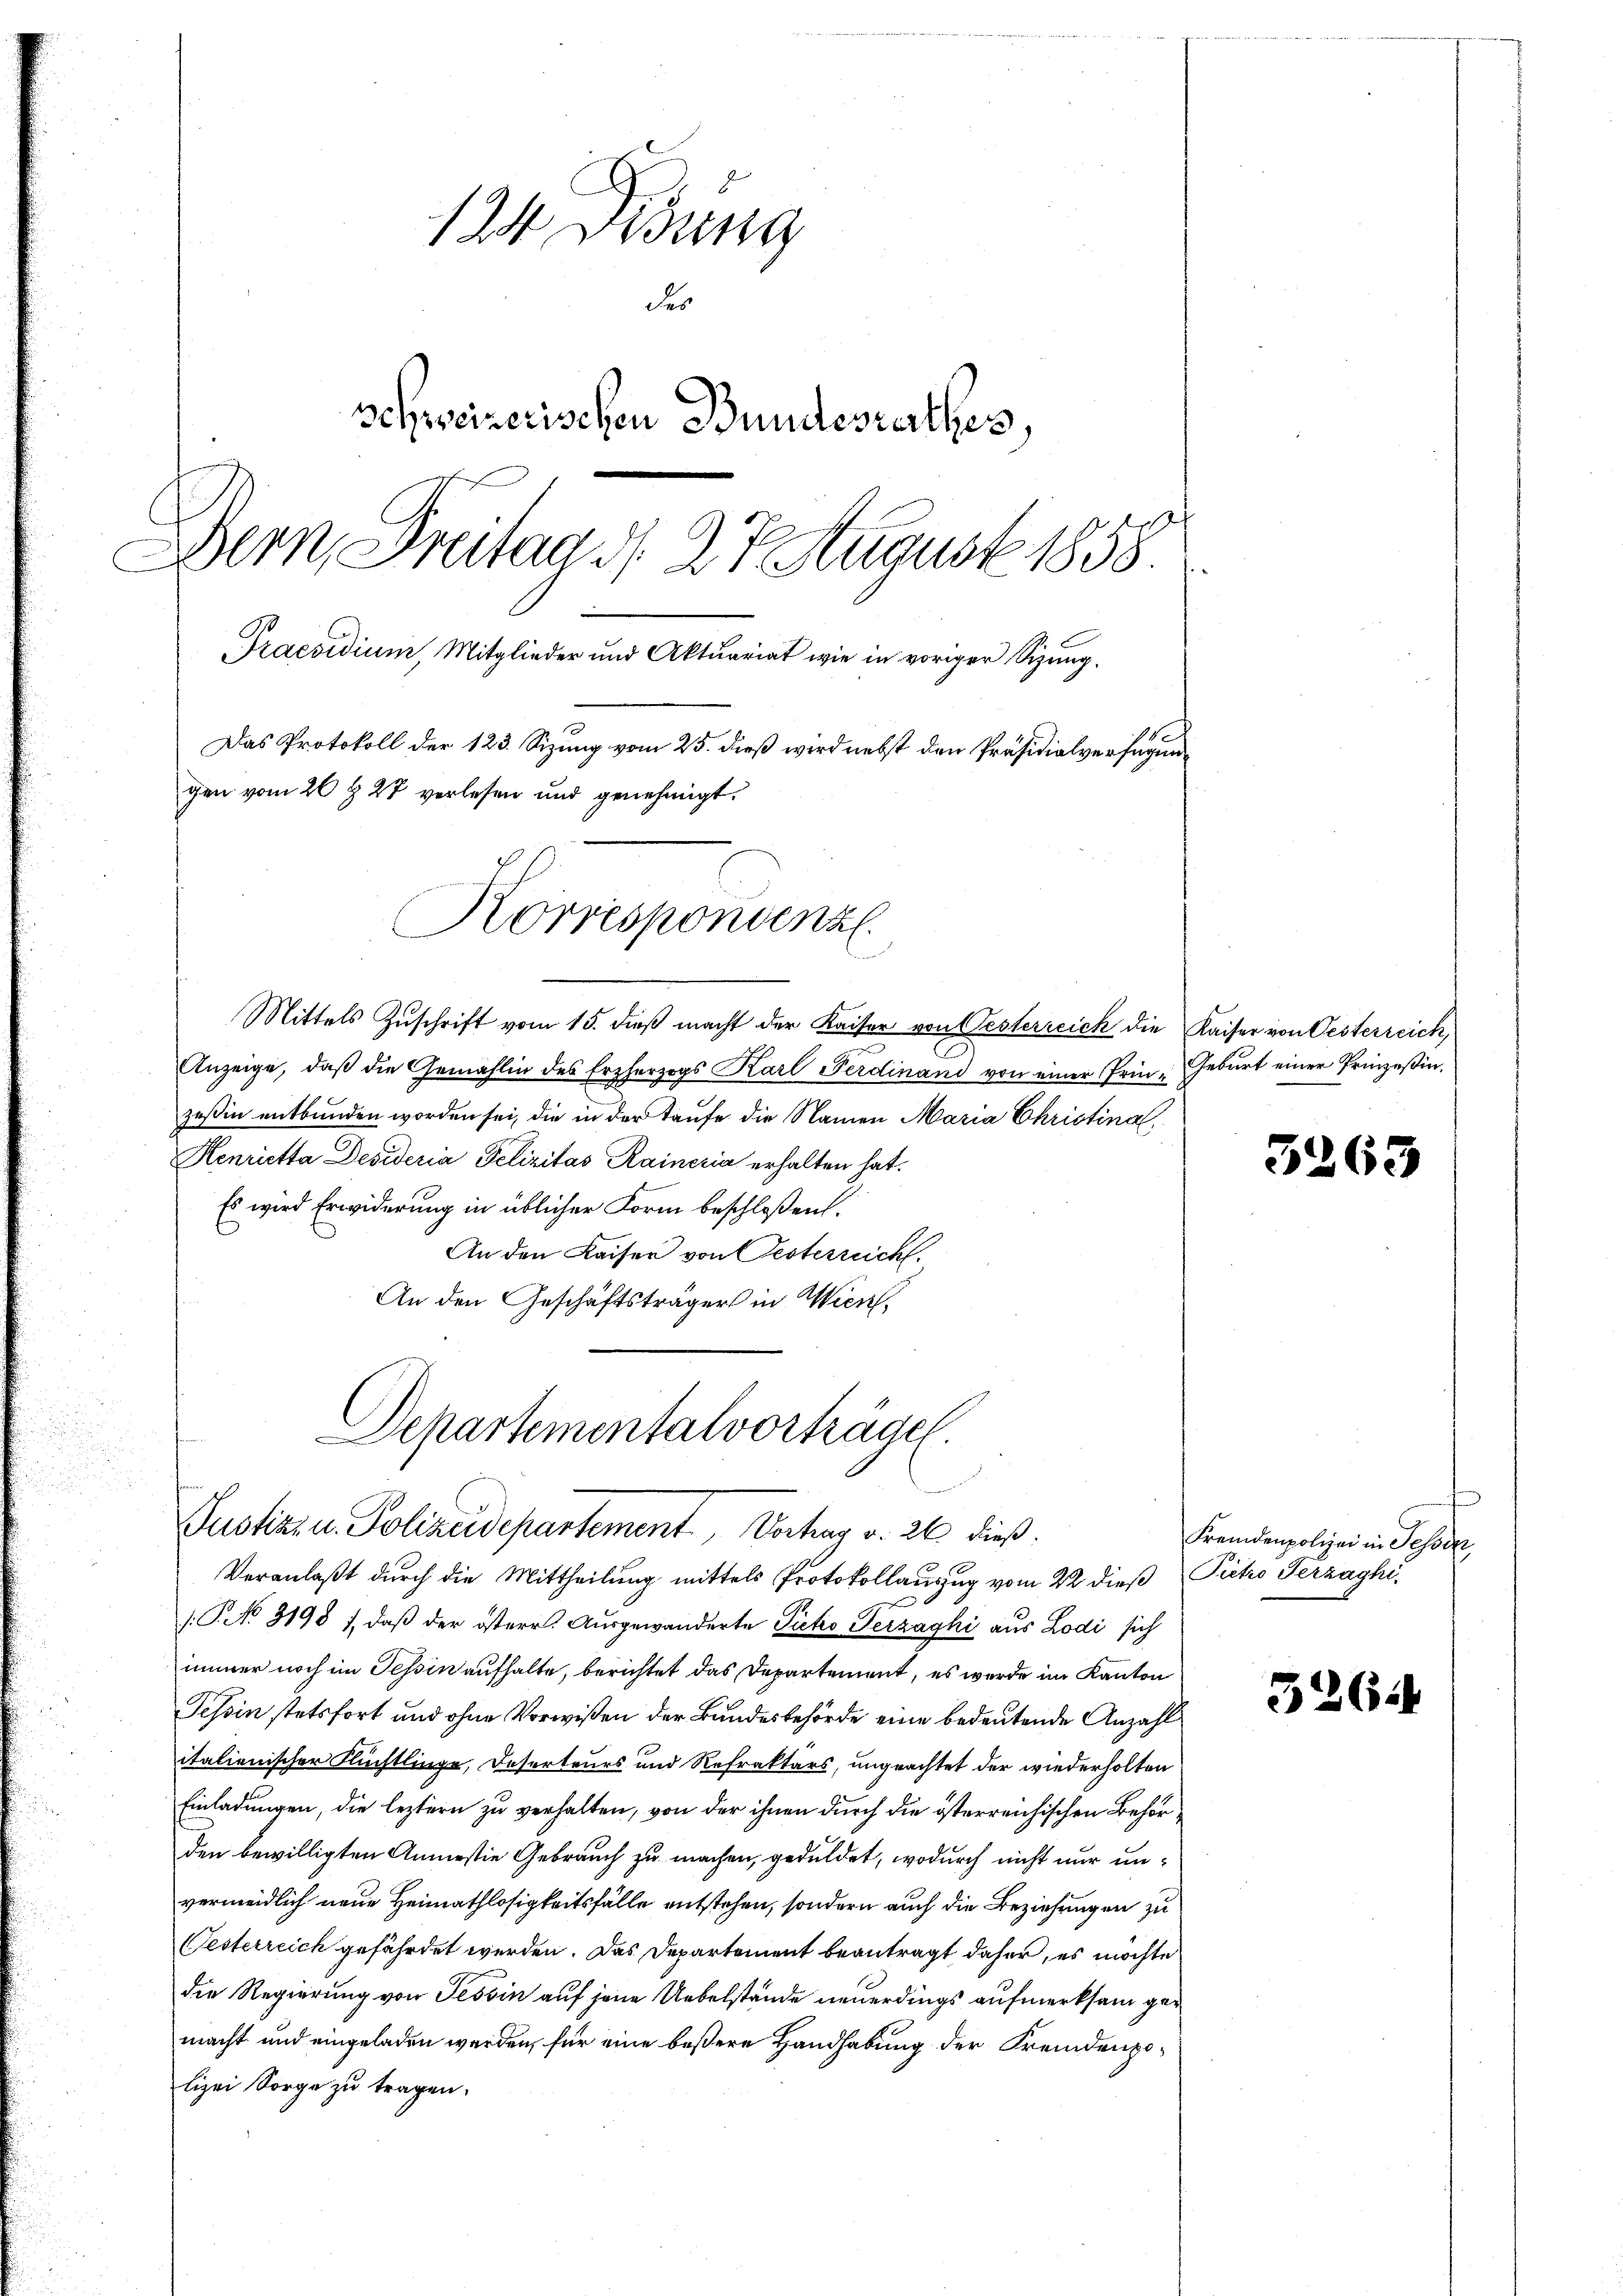
124 widung
des
Schweizerischen Bundesrathes,
Dein Breitag d. 27. August 1858
Praesidium, Mitglieder und Aktuariat wie in voriger Sizung.
Das Protokoll der 123. Sizung vom 25. dieß wird nebst den Präsidialverfügungen vom 26 t 27 verlesen und genehmigt.
Korrespondenz.
e

Mittels Zŭschrift vom 15. dieβ macht der Kaiser von Oesterreich die Kaiser von Oesterreich,
.
Anzeige, daß die Gemahlin des Erzherzogs Karl Ferdinand von einer Prinzeßin entbunden worden sei, die in der Taufe die Namen Maria Christina,
Henrietta Desideria Felizitas Raineria erhalten hat.
Es wird Erwiderung in üblicher Form beschloßen.
An den Kaiser von Festerreicht.
An den Geschäftsträger in Wien,
Departementalvorträge

Justiz- u. Polizeidepartement, Vortrag v. 26 dieß.

Veranlaßt durch die Mittheilung mittels Protokollauszug vom 22 dieß Pietro Verzaghi
/T. No 3198), daß der österr. Ausgewanderte Pieko Gerzaghi aus Lodi sich
immer noch im Tessin aufhalte, berichtet das Departement, es werde im Kanton
Tessin stetsfort und ohne Vorwißen der Bundesbehörde eine bedeutende Anzahl
italienischer Flüchtlinge, Deserteurs und Refraktärs, ungeachtet der wiederholten
Einladungen, die leztern zu verhalten, von der ihnen durch die österreichischen Behörden bewilligten Anmastie Gebrauch zu machen, geduldet, wodurch nicht nur unvermeidlich neue Heimathlosigkeitsfälle entstehen, sondern auch die Beziehungen zu
Gesterreich gefährdet werden. Das Departement beantragt, daher, es möchte
die Regierung von Tessin auf jene Uebelstände neuerdings aufmerksam gemacht und eingeladen werden, für eine beßere Handhabung der Fremdenpolizei Sorge zu tragen.

Geburt einer Prinzeßin.

5263

Fremdenpolizei in Tessin,

326.